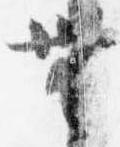
無